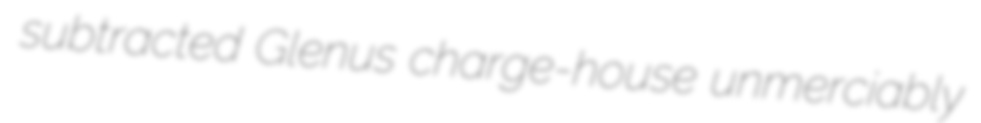
subtracted Glenus charge-house unmerciably